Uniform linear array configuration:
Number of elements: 16
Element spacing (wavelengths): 0.75
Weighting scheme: cosine
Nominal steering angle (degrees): -45
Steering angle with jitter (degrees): -46.11
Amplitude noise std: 0.05
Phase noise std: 0.05

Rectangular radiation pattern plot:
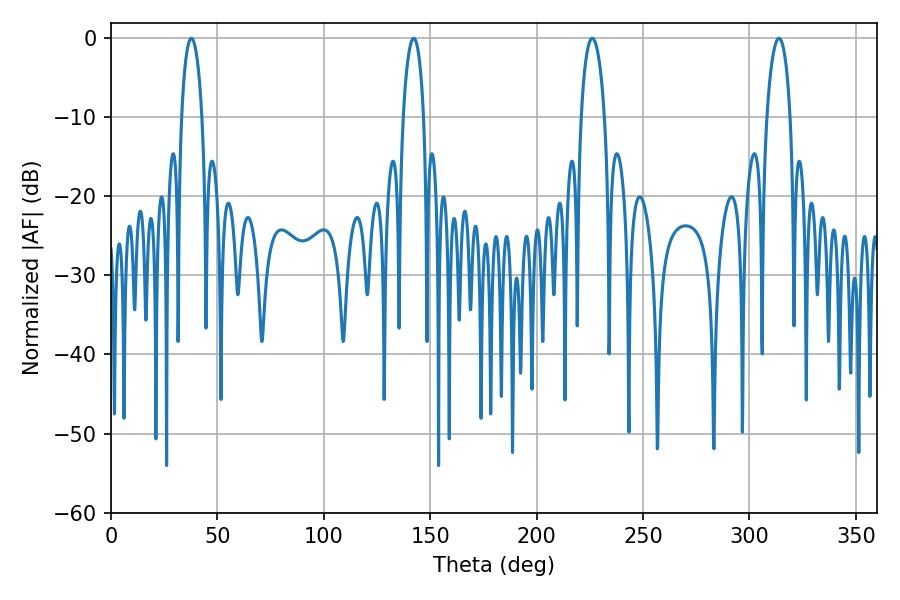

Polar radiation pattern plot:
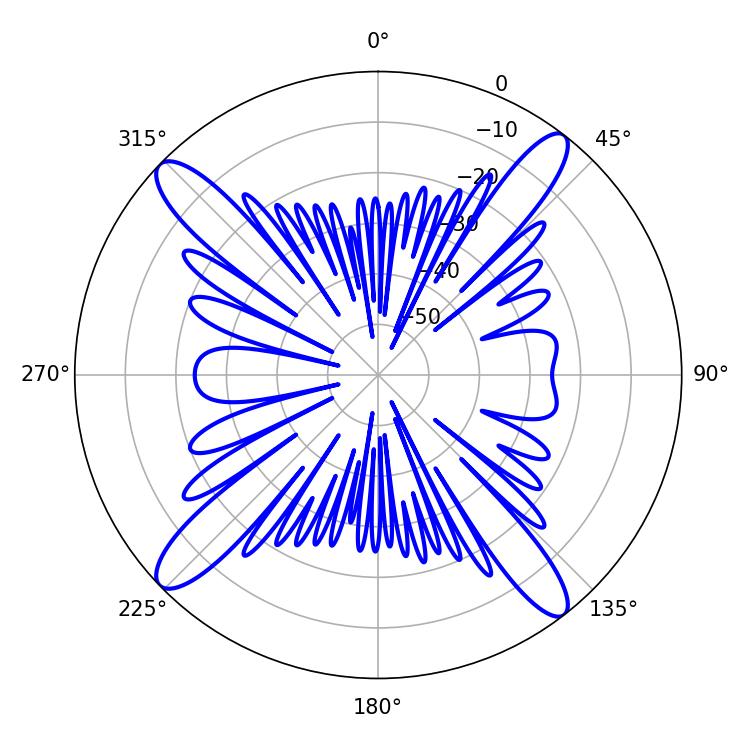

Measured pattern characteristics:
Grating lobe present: TRUE
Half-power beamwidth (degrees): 5.4
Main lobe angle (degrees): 37.8